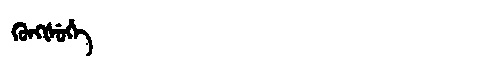
Manchu: ᡴᡠᠩᡧᡠᡥᡝ
Romanization: KUNGŠUHE